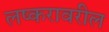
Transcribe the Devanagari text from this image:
लष्करावरील